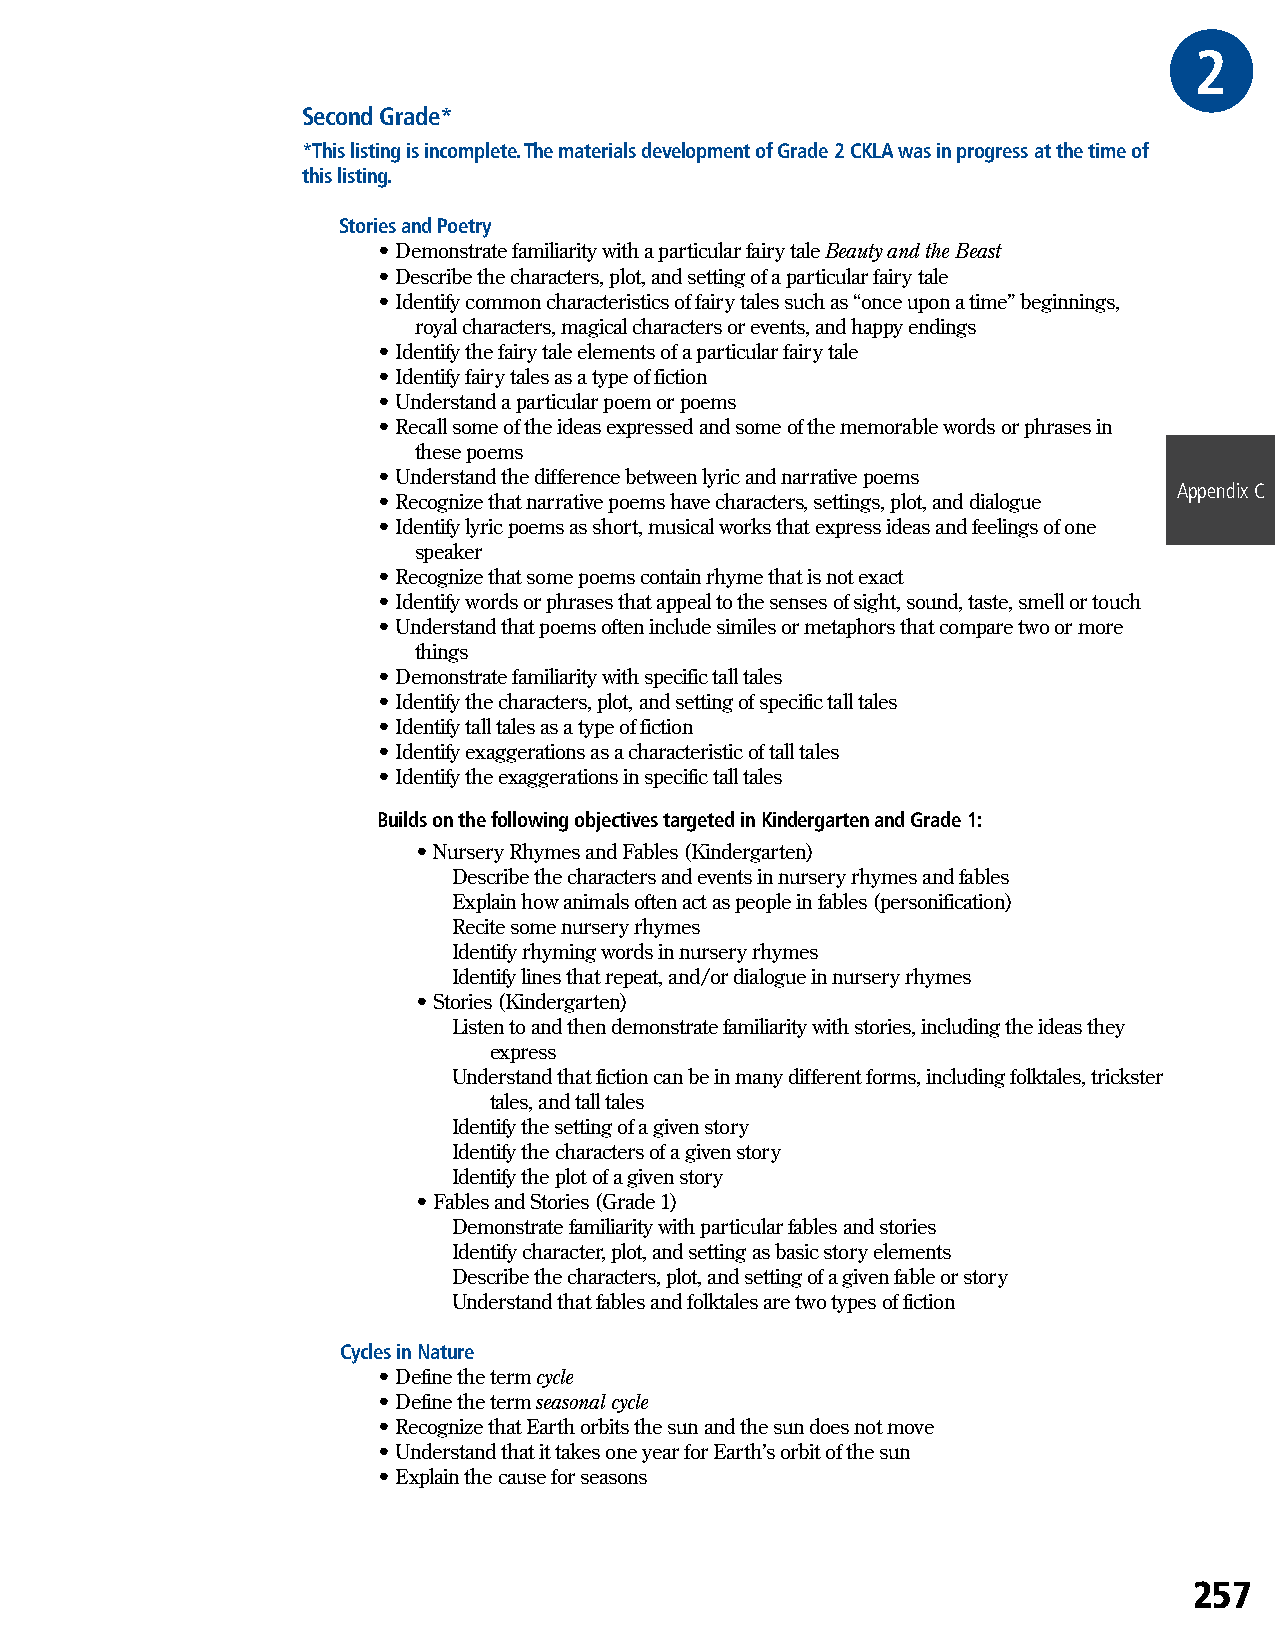
2GRA
 Second Grade*
 *This listing is incomplete. The materials development of Grade 2 CKLA was in progress at the time of
 this listing.
 Stories and Poetry
 • Demonstrate familiarity with a particular fairy tale Beauty and the Beast
 • Describe the characters, plot, and setting of a particular fairy tale
 • Identify common characteristics of fairy tales such as “once upon a time” beginnings,
 royal characters, magical characters or events, and happy endings
 • Identify the fairy tale elements of a particular fairy tale
 • Identify fairy tales as a type of fiction
 • Understand a particular poem or poems
 • Recall some of the ideas expressed and some of the memorable words or phrases in
 these poems
 • Understand the difference between lyric and narrative poems
 Appendix C
 • Recognize that narrative poems have characters, settings, plot, and dialogue
 • Identify lyric poems as short, musical works that express ideas and feelings of one
 speaker
 • Recognize that some poems contain rhyme that is not exact
 • Identify words or phrases that appeal to the senses of sight, sound, taste, smell or touch
 • Understand that poems often include similes or metaphors that compare two or more
 things
 • Demonstrate familiarity with specific tall tales
 • Identify the characters, plot, and setting of specific tall tales
 • Identify tall tales as a type of fiction
 • Identify exaggerations as a characteristic of tall tales
 • Identify the exaggerations in specific tall tales
 Builds on the following objectives targeted in Kindergarten and Grade 1:
 • Nursery Rhymes and Fables (Kindergarten)
 Describe the characters and events in nursery rhymes and fables
 Explain how animals often act as people in fables (personification)
 Recite some nursery rhymes
 Identify rhyming words in nursery rhymes
 Identify lines that repeat, and/or dialogue in nursery rhymes
 • Stories (Kindergarten)
 Listen to and then demonstrate familiarity with stories, including the ideas they
 express
 Understand that fiction can be in many different forms, including folktales, trickster
 tales, and tall tales
 Identify the setting of a given story
 Identify the characters of a given story
 Identify the plot of a given story
 • Fables and Stories (Grade 1)
 Demonstrate familiarity with particular fables and stories
 Identify character, plot, and setting as basic story elements
 Describe the characters, plot, and setting of a given fable or story
 Understand that fables and folktales are two types of fiction
 Cycles in Nature
 • Define the term cycle
 • Define the term seasonal cycle
 • Recognize that Earth orbits the sun and the sun does not move
 • Understand that it takes one year for Earth’s orbit of the sun
 • Explain the cause for seasons
 257